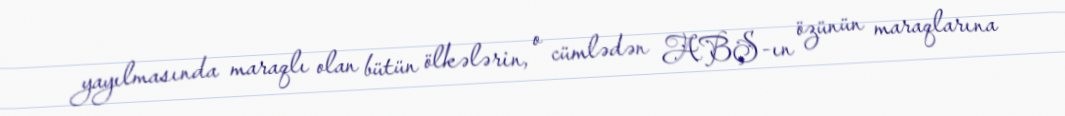
yayılmasında maraqlı olan bütün ölkələrin, o cümlədən ABŞ-ın özünün maraqlarına